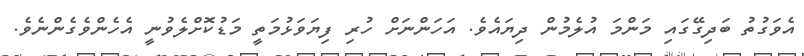
އެވަގުތު ބަދިގޭގައި މަންމަ އުލެމުން ދިޔައެވެ. އަހަންނަށް ހުރި ފިޔަވަޅުމަތީ މަޑުކޮށްލެވުނީ އެހެންވެގެންނެވެ.